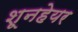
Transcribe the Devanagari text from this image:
शूनहेयर